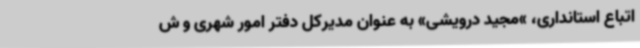
اتباع استانداری، »مجید درویشی» به عنوان مدیرکل دفتر امور شهری و ش